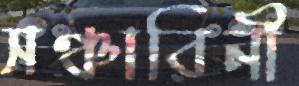
সঞ্চারিনী